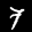
Label: 7